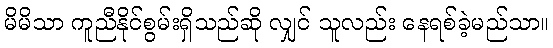
မိမိသာ ကူညီနိုင်စွမ်းရှိသည်ဆို လျှင် သူလည်း နေရစ်ခဲ့မည်သာ။